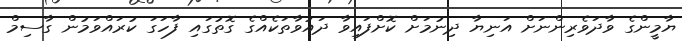
ޔާމީންގެ ވާދަވެރިންނަށް އަނިޔާ ދިނުމަށް ކޮށްފައިވާ ދައުވާތަކެއްގެ ގޮތުގައި ފާހަގަ ކުރައްވަމުން ގާސިމް